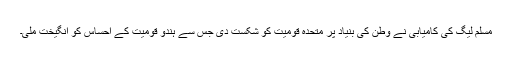
مسلم لیگ کی کامیابی نے وطن کی بنیاد پر متحدہ قومیت کو شکست دی جس سے ہندو قومیت کے احساس کو انگیخت ملی۔